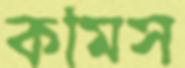
কমিস